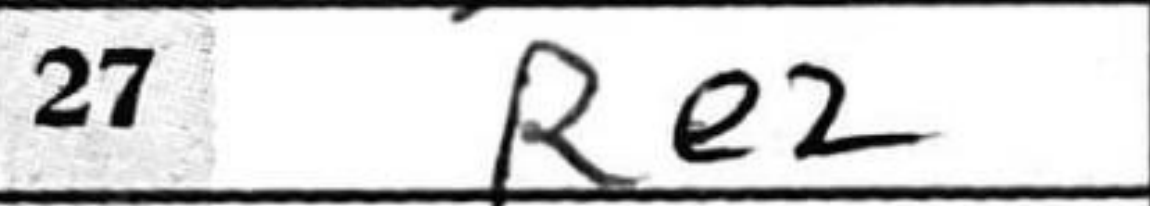
Transcription: Re2